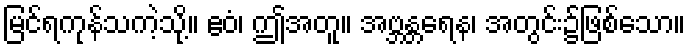
မြင်ရကုန်သကဲ့သို့။ ဧဝံ၊ ဤအတူ။ အဗ္ဘန္တရေန၊ အတွင်း၌ဖြစ်သော။